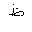
Letter: _za